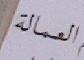
العمالة